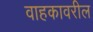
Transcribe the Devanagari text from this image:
वाहकावरील